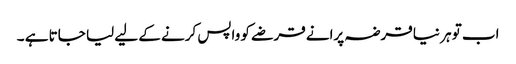
اب تو ہر نیا قرضہ پرانے قرضے کو واپس کرنے کے لیے لیا جاتا ہے ۔